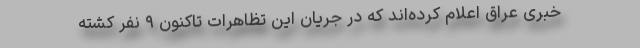
خبری عراق اعلام کرده‌اند که در جریان این تظاهرات تاکنون ۹ نفر کشته